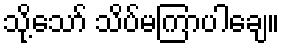
သို့သော် သိပ်မကြာပါချေ။